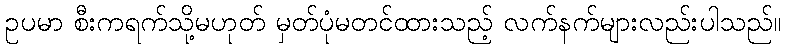
ဥပမာ စီးကရက်သို့မဟုတ် မှတ်ပုံမတင်ထားသည့် လက်နက်များလည်းပါသည်။